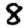
Digit: 8